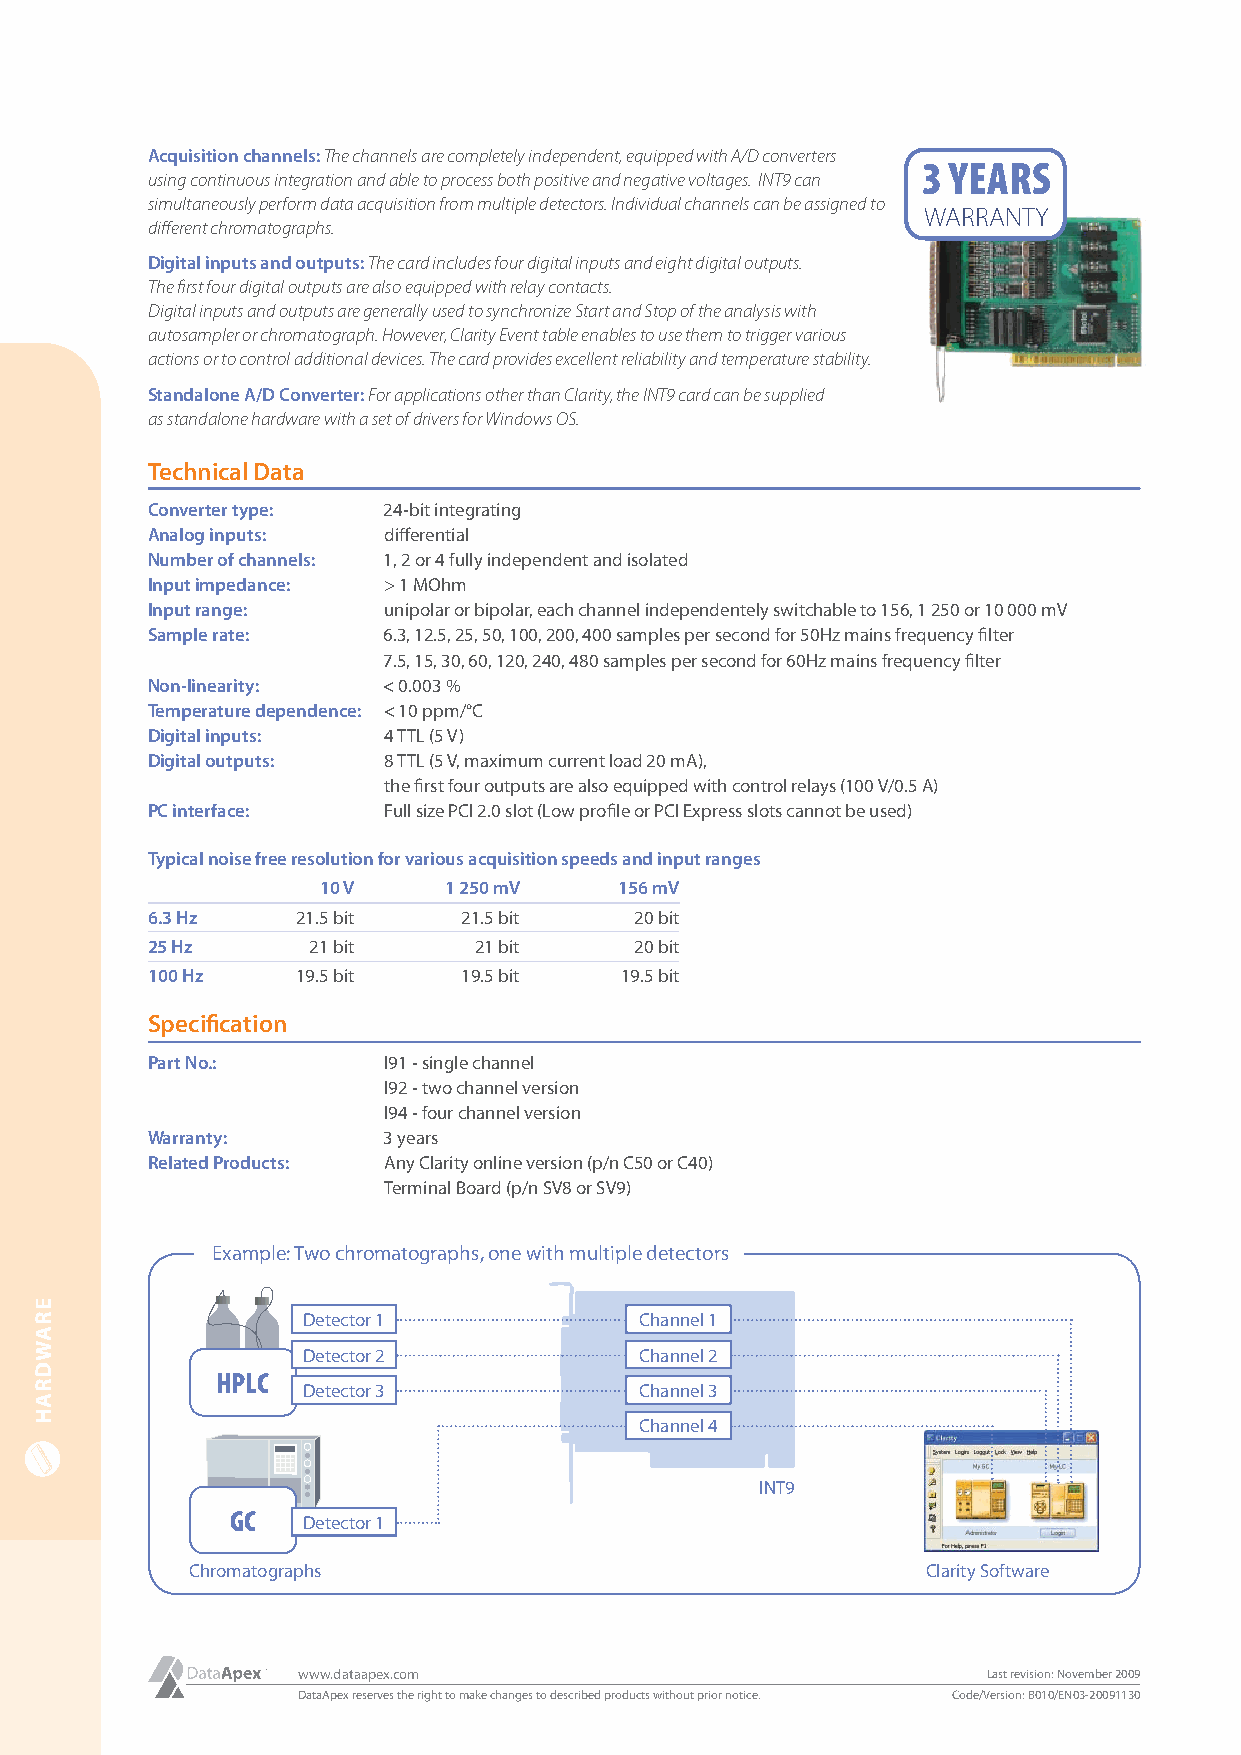
Acquisition channels: The channels are completely independent, equipped with A/D converters 3 YEARS
 using continuous integration and able to process both positive and negative voltages. INT9 can
 simultaneously perform data acquisition from multiple detectors. Individual channels can be assigned to WARRANTY
 diff erent chromatographs.
 Digital inputs and outputs: The card includes four digital inputs and eight digital outputs.
 The fi rst four digital outputs are also equipped with relay contacts.
 Digital inputs and outputs are generally used to synchronize Start and Stop of the analysis with
 autosampler or chromatograph. However, Clarity Event table enables to use them to trigger various
 actions or to control additional devices. The card provides excellent reliability and temperature stability.
 Standalone A/D Converter: For applications other than Clarity, the INT9 card can be supplied
 as standalone hardware with a set of drivers for Windows OS.
 Technical Data
 Converter type: 24-bit integrating
 Analog inputs: diff erential
 Number of channels: 1, 2 or 4 fully independent and isolated
 Input impedance: > 1 MOhm
 Input range:   unipolar or bipolar, each channel independentely switchable to 156, 1 250 or 10 000 mV
 Sample rate:   6.3, 12.5, 25, 50, 100, 200, 400 samples per second for 50Hz mains frequency fi lter
 7.5, 15, 30, 60, 120, 240, 480 samples per second for 60Hz mains frequency fi lter
 Non-linearity: < 0.003 %
 Temperature dependence: < 10 ppm/°C
 Digital inputs: 4 TTL (5 V)
 Digital outputs: 8 TTL (5 V, maximum current load 20 mA),
 the fi rst four outputs are also equipped with control relays (100 V/0.5 A)
 PC interface:  Full size PCI 2.0 slot (Low profi le or PCI Express slots cannot be used)
 Typical noise free resolution for various acquisition speeds and input ranges
 10 V    1 250 mV    156 mV
 6.3 Hz    21.5 bit   21.5 bit   20 bit
 25 Hz      21 bit    21 bit     20 bit
 100 Hz    19.5 bit   19.5 bit  19.5 bit
 Specifi cation
 Part No.:      I91 - single channel
 I92 - two channel version
 I94 - four channel version
 Warranty:      3 years
 Related Products: Any Clarity online version (p/n C50 or C40)
 Terminal Board (p/n SV8 or SV9)
 Example: Two chromatographs, one with multiple detectors
 Detector 1            Channel 1
 Detector 2            Channel 2
 HPLC
 Detector 3            Channel 3
 Channel 4
 INT9
 GC
 Detector 1
 Chromatographs                                  Clarity Software
 www.dataapex.com                             Last revision: November 2009
 DataApex reserves the right to make changes to described products without prior notice. Code/Version: B010/EN03-20091130
 ERAWDRAH